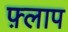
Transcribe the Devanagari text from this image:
फ़्लाप